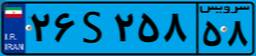
۲۶S۲۵۸۵۸